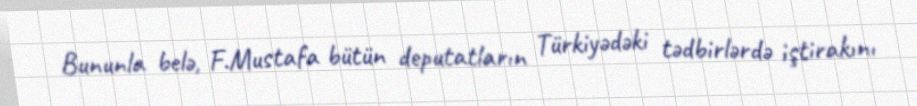
Bununla belə, F.Mustafa bütün deputatların Türkiyədəki tədbirlərdə iştirakını